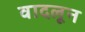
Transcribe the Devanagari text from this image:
वादलून